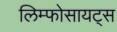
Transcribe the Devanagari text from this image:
लिम्फोसायट्स